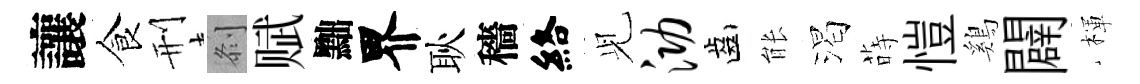
讓食刑𠛴赋黜界耿穡絡𫤗泐齒䏻渴蒔愷鷄闢楎